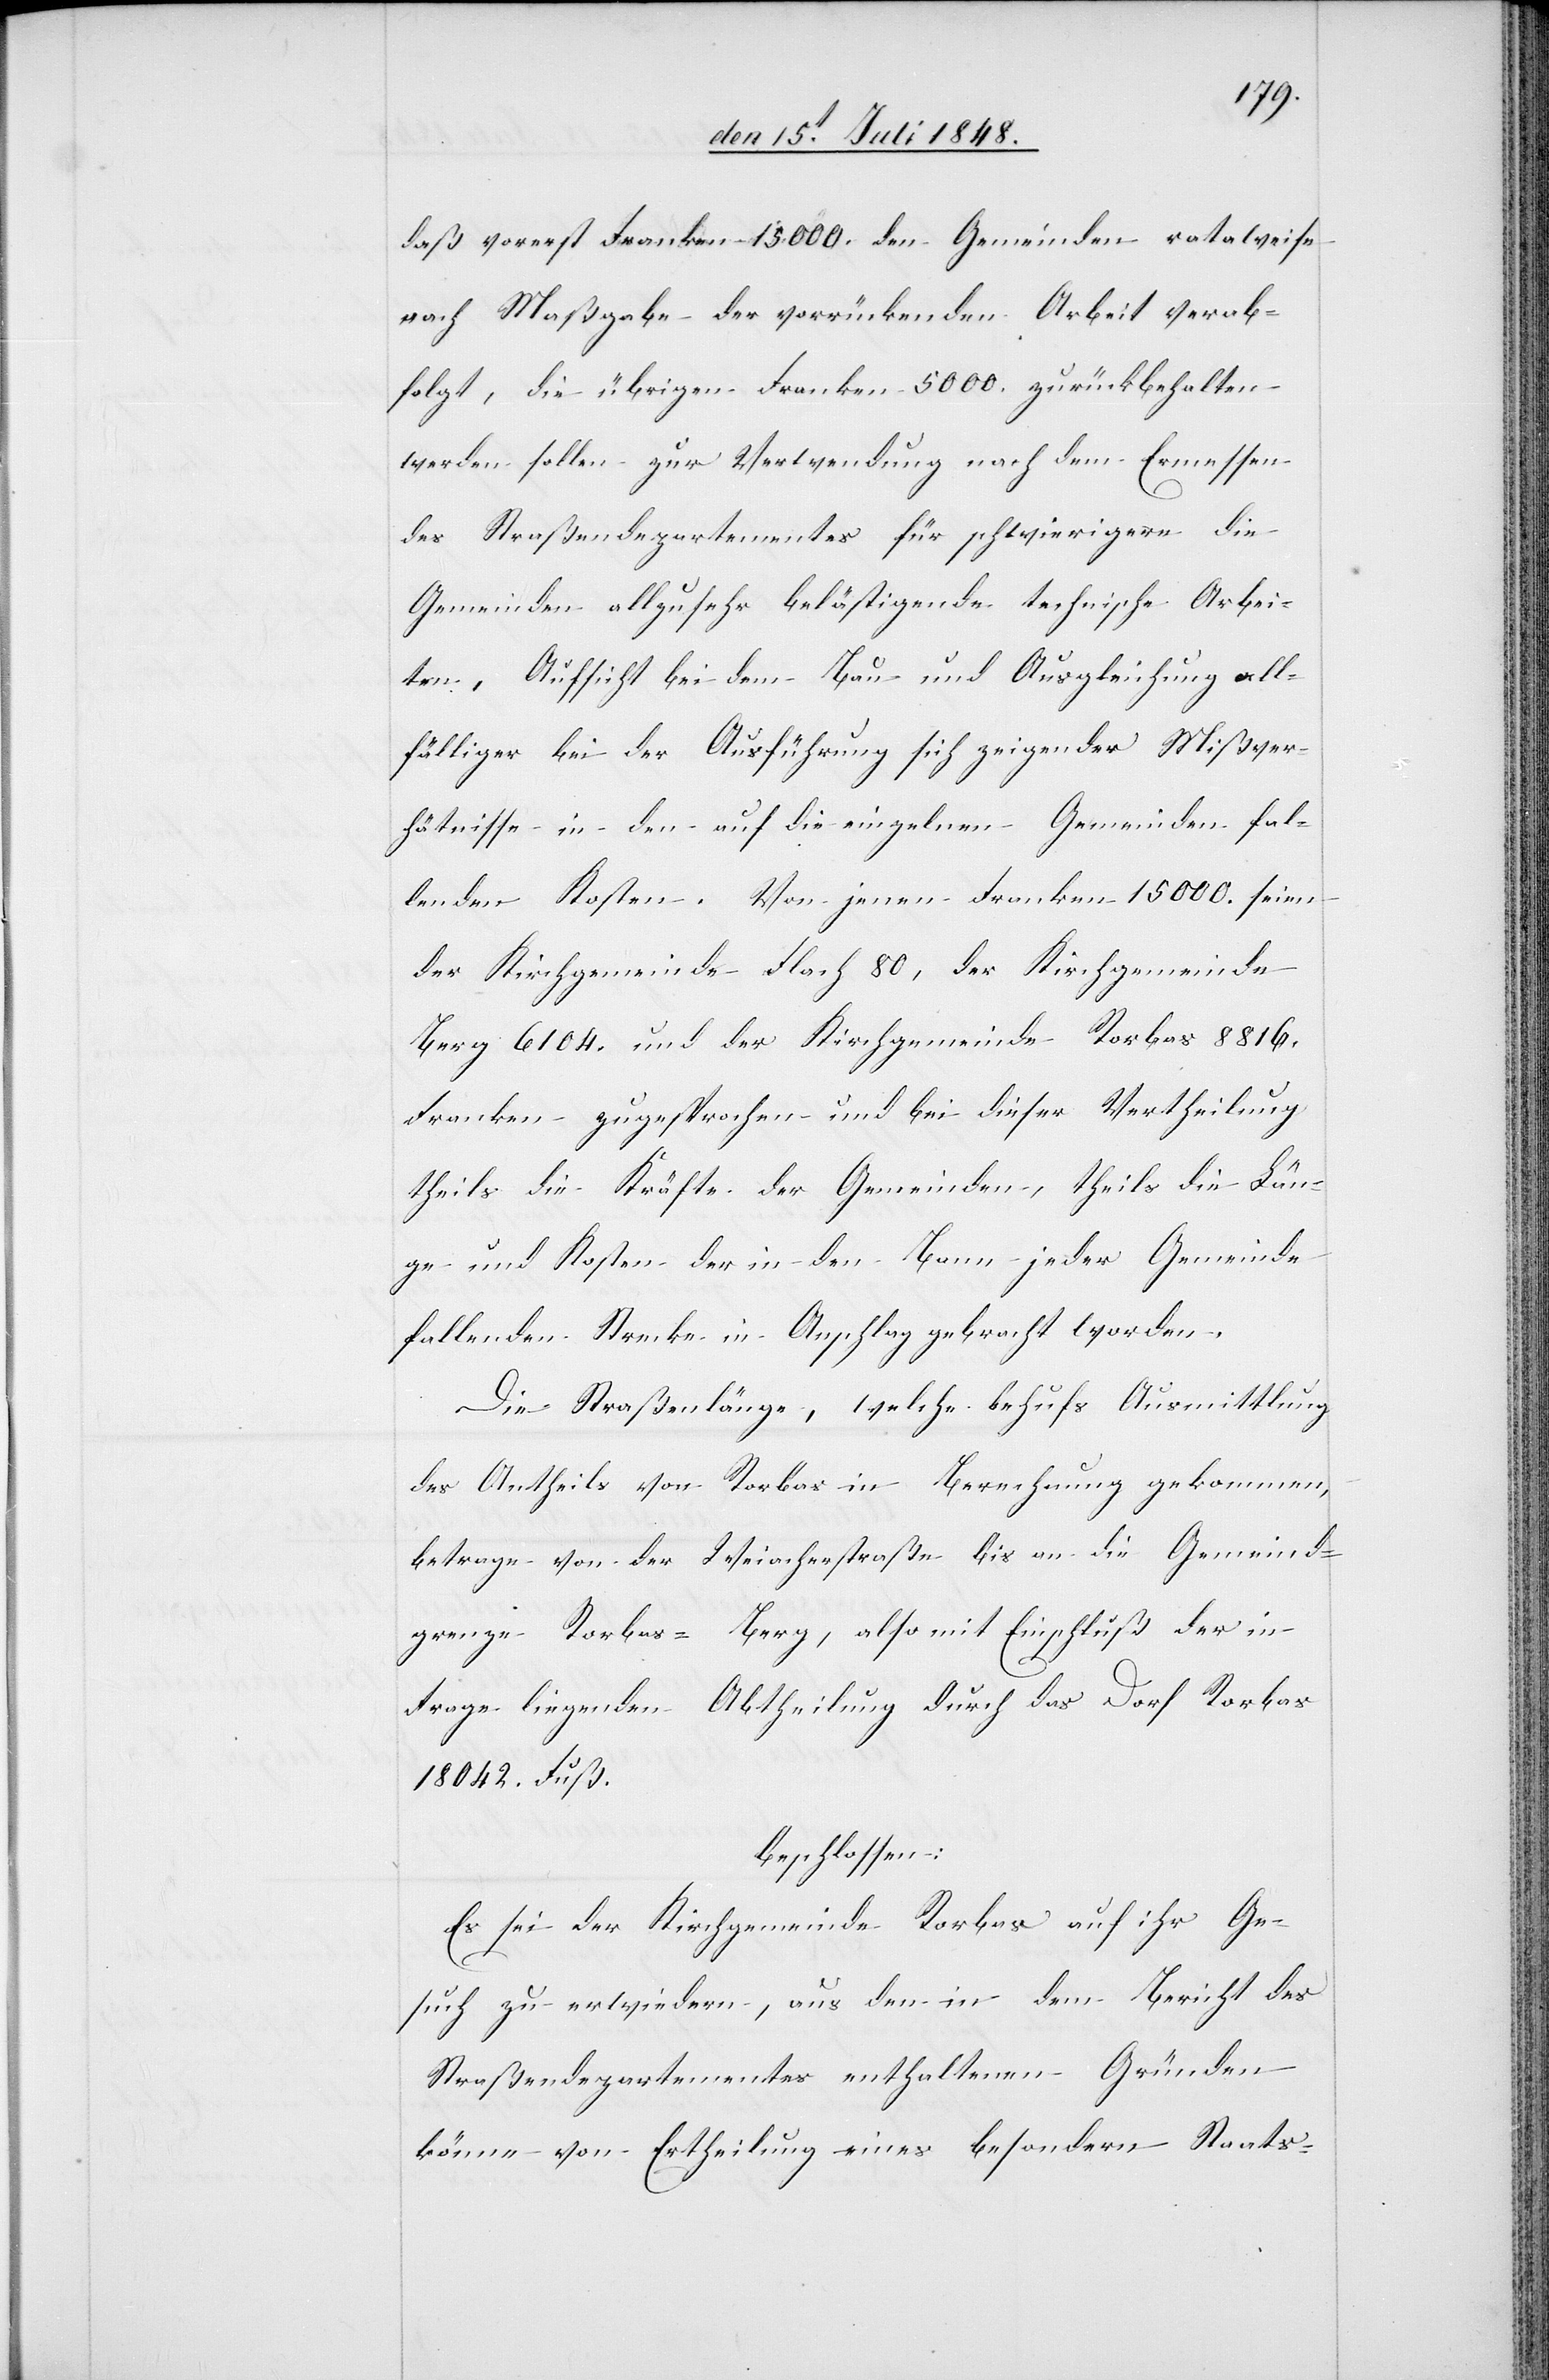
daß vorerst Franken 15000. den Gemeinden rataweise
nach Maßgabe der vorrückenden Arbeit verab¬
folgt, die übrigen Franken 5000. zurückbehalten
werden sollen zur Verwendung nach dem Ermessen
des Straßendepartementes für schwierigere die
Gemeinden allzusehr belästigende technische Arbei¬
ten, Aufsicht bei dem Bau und Ausgleichung all¬
fälliger bei der Ausführung sich zeigender Mißver¬
hältnisse in den auf die einzelnen Gemeinden fal¬
lenden Kosten. Von jenen Franken 15000. seien
der Kirchgemeinde Flach 80, der Kirchgemeinde
Berg 6104. und der Kirchgemeinde Rorbas 8816.
Franken zugesprochen und bei dieser Vertheilung
theils die Kräfte der Gemeinden, theils die Län¬
ge und Kosten der in den Bann jeder Gemeinde
fallenden Strecke in Anschlag gebracht worden.
Die Straßenlänge, welche behufs Ausmittlung
des Antheils von Rorbas in Berechnung gekommen,
betrage von der Weiacherstraße bis an die Gemeind¬
grenze Rorbas-Berg, also mit Einschluß der in
Frage liegenden Abtheilung durch das Dorf Rorbas
18042. Fuß.
beschlossen:
Es sei der Kirchgemeinde Rorbas auf ihr Ge¬
such zu erwiedern, aus den in dem Bericht des
Straßendepartementes enthaltenen Gründen
könne von Ertheilung eines besondern Staats-